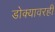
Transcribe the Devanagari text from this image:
डोक्यावरही